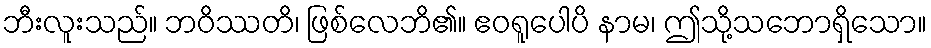
ဘီးလူးသည်။ ဘဝိဿတိ၊ ဖြစ်လေဘိ၏။ ဧဝရူပေါပိ နာမ၊ ဤသို့သဘောရှိသော။